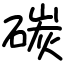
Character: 碳